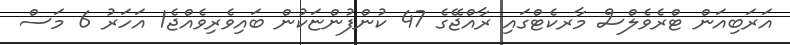
އަރަބިއަން ޓްރެވެލްސް މާރކެޓްގައި ރާއްޖޭގެ 47 ކުންފުންޏަކުން ބައިވެރިވެއްޖެ1 އަހަރު 6 މަސް